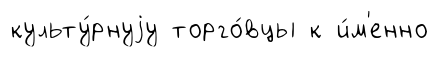
культу́рнуjу торго́вцы к и́м'енно